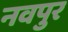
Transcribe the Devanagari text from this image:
नवपुर